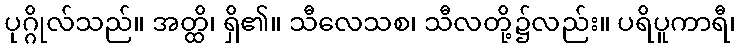
ပုဂ္ဂိုလ်သည်။ အတ္ထိ၊ ရှိ၏။ သီလေသစ၊ သီလတို့၌လည်း။ ပရိပူကာရီ၊